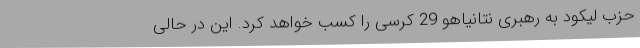
حزب لیکود به رهبری نتانیاهو 29 کرسی را کسب خواهد کرد. این در حالی